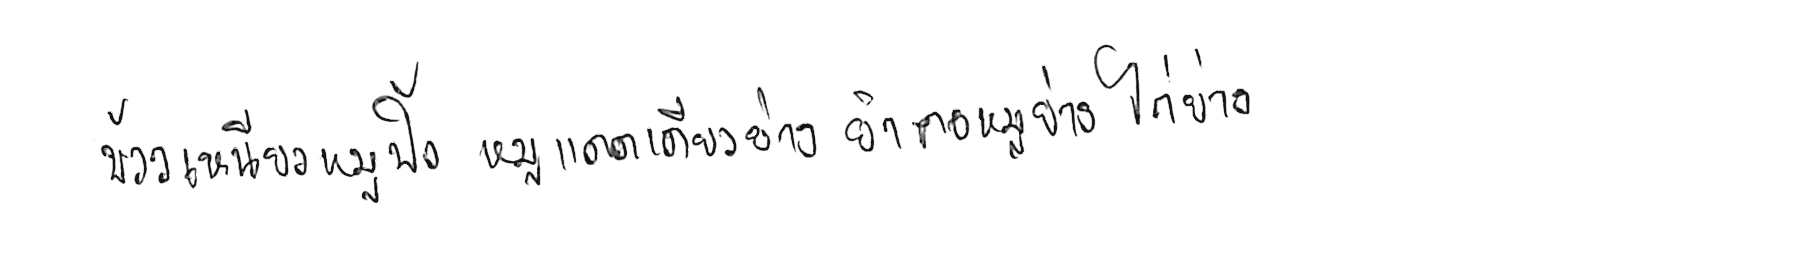
ข้าวเหนียวหมูปิ้ง หมูแดดเดียวย่าง ยำคอหมูย่าง ไก่ย่าง